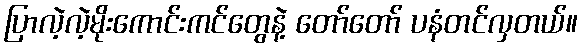
ပြာလဲ့လဲ့မိုးကောင်းကင်တွေနဲ့ တော်တော် ပနံတင်လှတယ်။